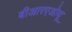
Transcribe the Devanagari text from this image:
बीआरएओयू